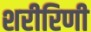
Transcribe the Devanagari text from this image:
शरीरिणी